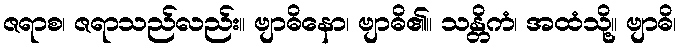
ဇရာစ၊ ဇရာသည်လည်း။ ဗျာဓိနော၊ ဗျာဓိ၏။ သန္တိကံ၊ အထံသို့။ ဗျာဓိ၊